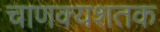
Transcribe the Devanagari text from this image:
चाणक्यशतक